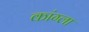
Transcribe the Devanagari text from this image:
कांग्ला